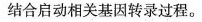
结合启动相关基因转录过程。